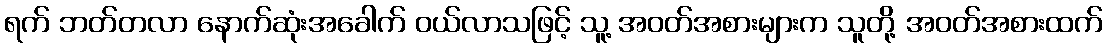
ရက် ဘတ်တလာ နောက်ဆုံးအခေါက် ဝယ်လာသဖြင့် သူ့ အဝတ်အစားများက သူတို့ အဝတ်အစားထက်